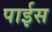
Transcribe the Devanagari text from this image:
पाईस